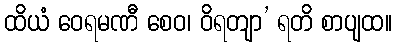
ထိယံ ဝေရမဏီ စေဝ၊ ဝိရတျာ’ ရတိ စာပျထ။